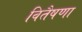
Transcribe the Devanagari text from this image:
वितैषणा